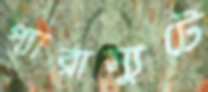
প্যারাস্যুটে